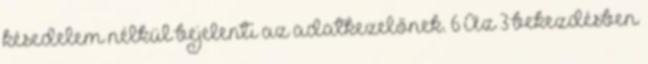
késedelem nélkül bejelenti az adatkezelőnek. 6 Az 3 bekezdésben